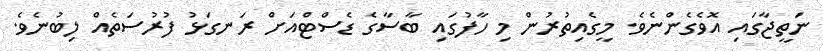
ނަތީޖާގައި އޮވެގެންނެވެ. މީގެއިތުރުން މި ހާފުގައި ބާސާގެ ޑެސްޓްއަށް ރަނގަޅު ފުރުސަތެއް ލިބުނެވެ.